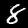
Label: 8